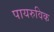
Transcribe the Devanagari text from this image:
पायरुविक